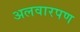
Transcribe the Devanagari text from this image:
अलवारपण